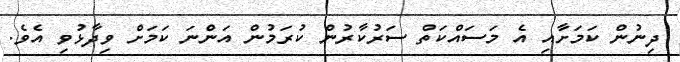
ދިނުން ކަމަށާއި އެ މަސައްކަތް ސަރުކާރުން ކުރަމުން އަންނަ ކަމަށް ވިދާޅުވި އެވެ.